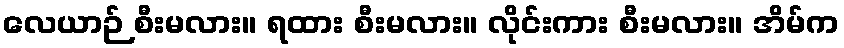
လေယာဉ် စီးမလား။ ရထား စီးမလား။ လိုင်းကား စီးမလား။ အိမ်က